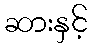
ဆားနှင့်